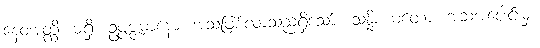
နေဝအတ္ထိ၊ မရှိ။ ဥပ္ပဇ္ဇမာနော၊ အသံဖြစ်လာသည်ရှိသော်။ သန္နိစယတော၊ အသံအပေါင်းမှ။